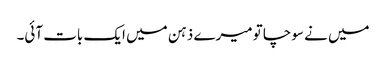
میں نے سوچا تو میرے ذہن میں ایک بات آئی۔